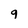
Character: 9